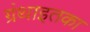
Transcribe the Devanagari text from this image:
ग्रंथाइतका